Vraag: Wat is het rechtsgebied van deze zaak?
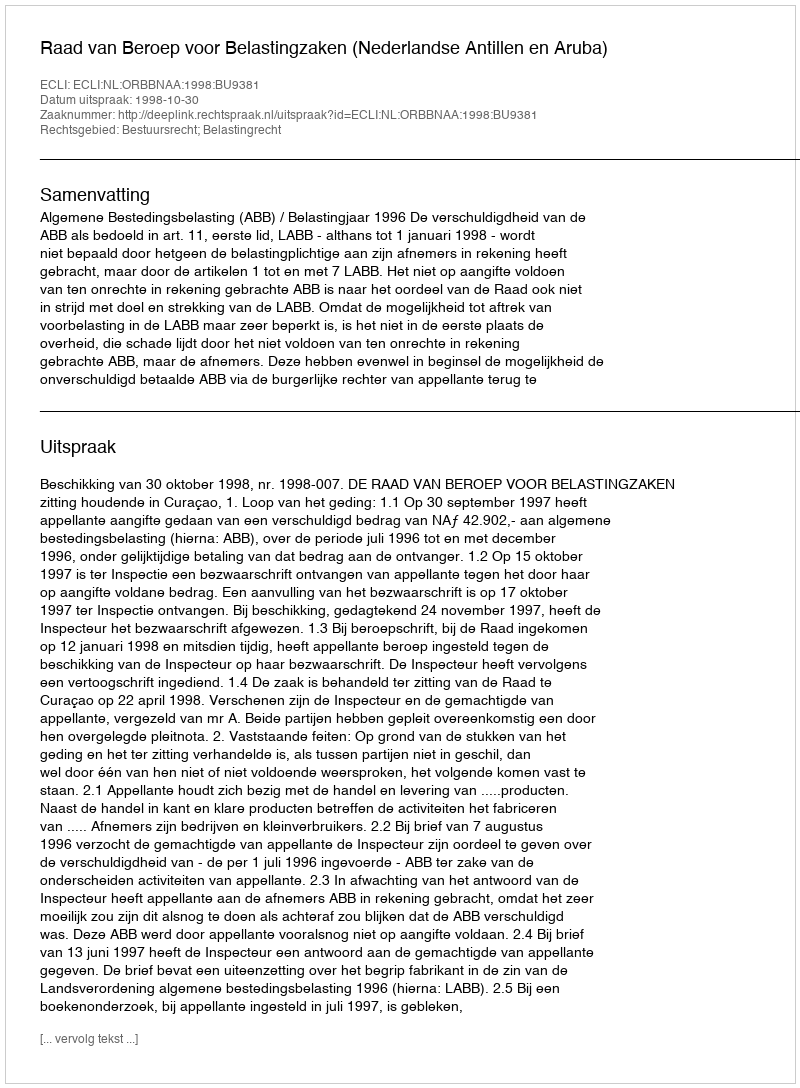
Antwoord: Bestuursrecht; Belastingrecht